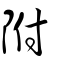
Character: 附